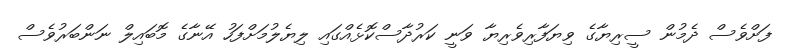
ފަށްވެސް ދެމުން ސީރިޔާގެ ވިޔަފާރިވެރިޔާ ވަނީ ކަރުދާސްކޮޅެއްގައި ލިޔެލުމަށްފަހު އޭނާގެ މޮބައިލް ނަންބަރުވެސް